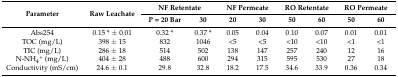
| <ROWSPAN=2> Parameter | <ROWSPAN=2> Raw Leachate | <COLSPAN=2> NF Retentate | <COLSPAN=2> NF Permeate | <COLSPAN=2> RO Retentate | <COLSPAN=2> RO Permeate |
 | P = 20 Bar | 30 | 20 | 30 | 50 | 60 | 50 | 60 |
 | --- | --- | --- | --- | --- | --- | --- | --- | --- | --- |
 | Abs254 | 0.15 * ± 0.01 | 0.32 * | 0.37 * | 0.05 | 0.04 | 0.10 | 0.07 | 0.01 | 0.01 |
 | TOC (mg/L) | 398 ± 15 | 832 | 1046 | <5 | <5 | <10 | <10 | <1 | <1 |
 | TIC (mg/L) | 286 ± 18 | 514 | 502 | 138 | 147 | 257 | 240 | 12 | 16 |
 | N-NH4+ (mg/L) | 404 ± 28 | 488 | 600 | 294 | 315 | 595 | 530 | 27 | 18 |
 | Conductivity (mS/cm) | 24.6 ± 0.1 | 29.8 | 32.8 | 18.2 | 17.5 | 34.6 | 33.9 | 0.36 | 0.34 |